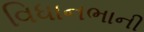
વિધાનભાની